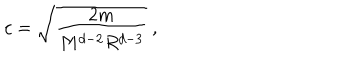
LaTeX: c = \sqrt { \frac { 2 m } { M ^ { d - 2 } R ^ { d - 3 } } } ~ ,